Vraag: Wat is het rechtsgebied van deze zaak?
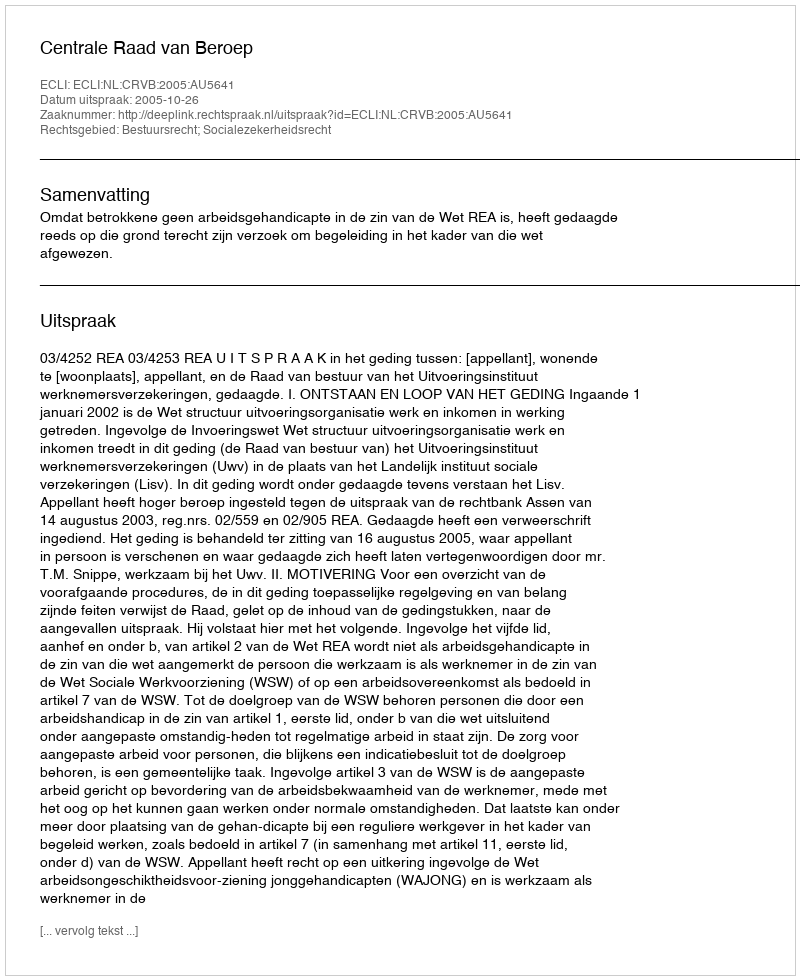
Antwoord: Bestuursrecht; Socialezekerheidsrecht